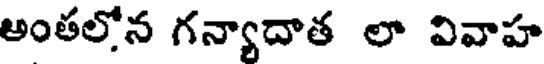
అంతలోన గన్యాదాత లా వివాహ